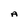
Character: A